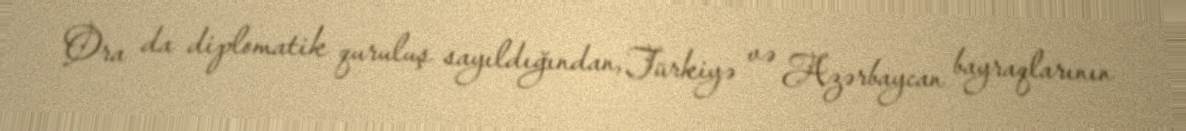
Ora da diplomatik quruluş sayıldığından, Türkiyə və Azərbaycan bayraqlarının